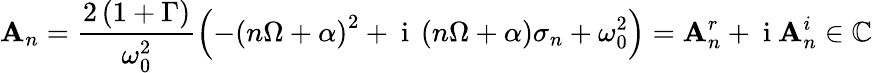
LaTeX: \mathbf{A}_{n}=\frac{{2\left(1+\Gamma\right)}}{{\omega_{0}^{2}}}\left(-\left(n\Omega+\alpha\right)^{2}+\mathrm{{~i~}}\left(n\Omega+\alpha\right)\sigma_{n}+\omega_{0}^{2}\right)=\mathbf{A}_{n}^{r}+\mathrm{{~i~}}\mathbf{A}_{n}^{i}\in\mathbb{{C}}